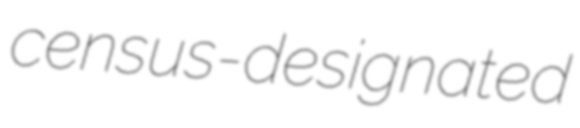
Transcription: census-designated